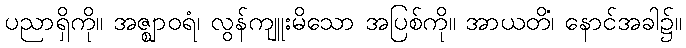
ပညာရှိကို။ အဇ္ဈာဝရံ၊ လွန်ကျူးမိသော အပြစ်ကို။ အာယတိံ၊ နောင်အခါ၌။